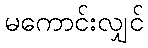
မကောင်းလျှင်